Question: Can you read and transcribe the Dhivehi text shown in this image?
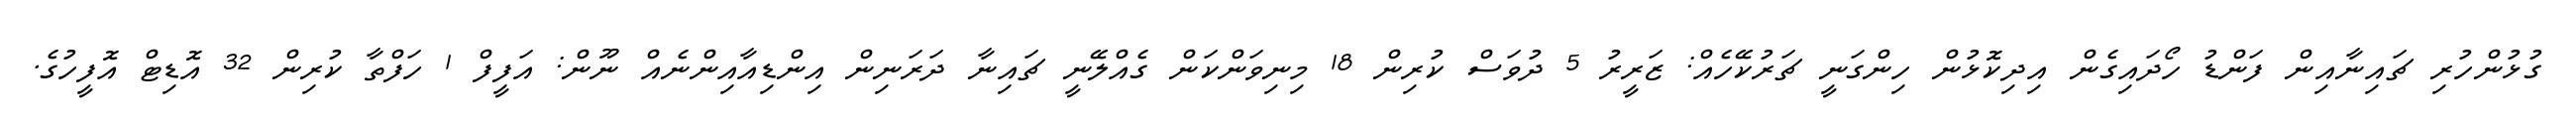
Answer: ގުޅުންހުރި ޗައިނާއިން ފަންޑު ހޯދައިގެން އިދިކޮޅުން ހިންގަނީ ޗަރުކޭހެއް: ޒަރީރު 5 ދުވަސް ކުރިން 18 މިނިވަންކަން ގެއްލޭނީ ޗައިނާ ދަރަނިން އިންޑިއާއިންނެއް ނޫން: އަފީފް 1 ހަފްތާ ކުރިން 32 އޮޑިޓް އޮފީހުގެ.